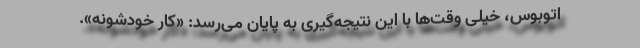
اتوبوس، خیلی وقت‌ها با این نتیجه‌گیری به پایان می‌رسد: «کار خودشونه».